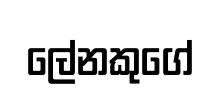
ලේනකුගේ